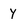
Character: y